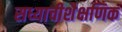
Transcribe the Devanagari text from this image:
सध्याचीशैक्षणिक